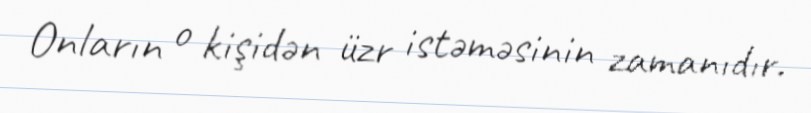
Onların o kişidən üzr istəməsinin zamanıdır.